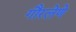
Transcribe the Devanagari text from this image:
गौरलेणे